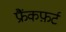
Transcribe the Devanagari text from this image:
फ्रैंकफ़र्ट